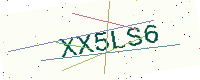
Text: XX5LS6